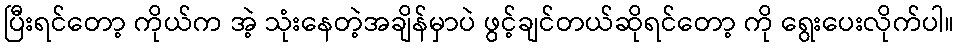
ပြီးရင်တော့ ကိုယ်က အဲ့ သုံးနေတဲ့အချိန်မှာပဲ ဖွင့်ချင်တယ်ဆိုရင်တော့ ကို ရွေးပေးလိုက်ပါ။